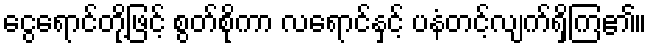
ငွေရောင်တို့ဖြင့် စွတ်စိုကာ လရောင်နှင့် ပနံတင့်လျက်ရှိကြ၏။